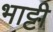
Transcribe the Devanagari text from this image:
भाट्टी